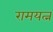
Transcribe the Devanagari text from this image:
रामयत्न